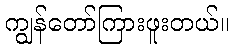
ကျွန်တော်ကြားဖူးတယ်။